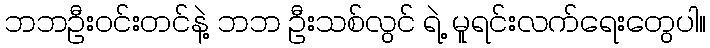
ဘဘဦးဝင်းတင်နဲ့ ဘဘ ဦးသစ်လွင် ရဲ့ မူရင်းလက်ရေးတွေပါ။